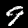
Label: 9